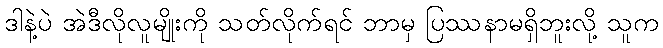
ဒါနဲ့ပဲ အဲဒီလိုလူမျိုးကို သတ်လိုက်ရင် ဘာမှ ပြဿနာမရှိဘူးလို့ သူက